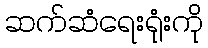
ဆက်ဆံရေးရုံးကို